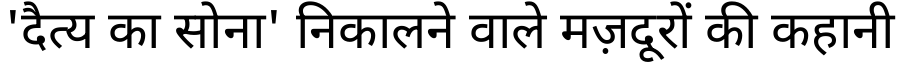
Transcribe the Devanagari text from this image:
'दैत्य का सोना' निकालने वाले मज़दूरों की कहानी